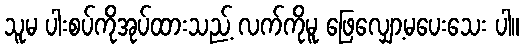
သူမ ပါးစပ်ကိုအုပ်ထားသည့် လက်ကိုမူ ဖြေလျှော့မပေးသေး ပါ။